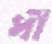
ধী